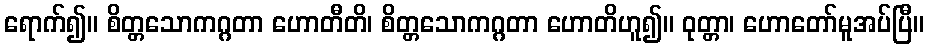
ရောက်၍။ စိတ္တသောကဂ္ဂတာ ဟောတီတိ၊ စိတ္တသောကဂ္ဂတာ ဟောတိဟူ၍။ ဝုတ္တာ၊ ဟောတော်မူအပ်ပြီ။